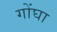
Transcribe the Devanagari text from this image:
गोंघा